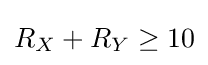
R_{X}+R_{Y}\geq 10